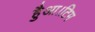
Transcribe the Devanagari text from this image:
हैुआ।टिम